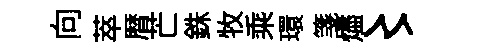
向萃暦芒銖牧乘環箋燼〻